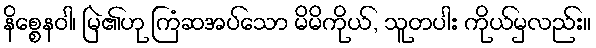
နိစ္စေနဝါ၊ မြဲ၏ဟု ကြံဆအပ်သော မိမိကိုယ်, သူတပါး ကိုယ်မှလည်း။